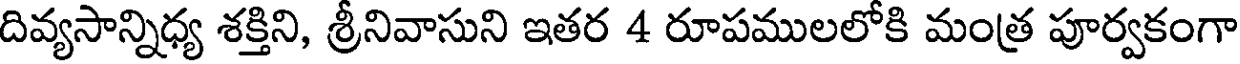
దివ్యసాన్నిధ్య శక్తిని, శ్రీనివాసుని ఇతర 4 రూపములలోకి మంత్ర పూర్వకంగా